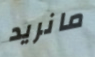
مانريد